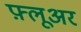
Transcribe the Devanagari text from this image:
फ़्लूअर